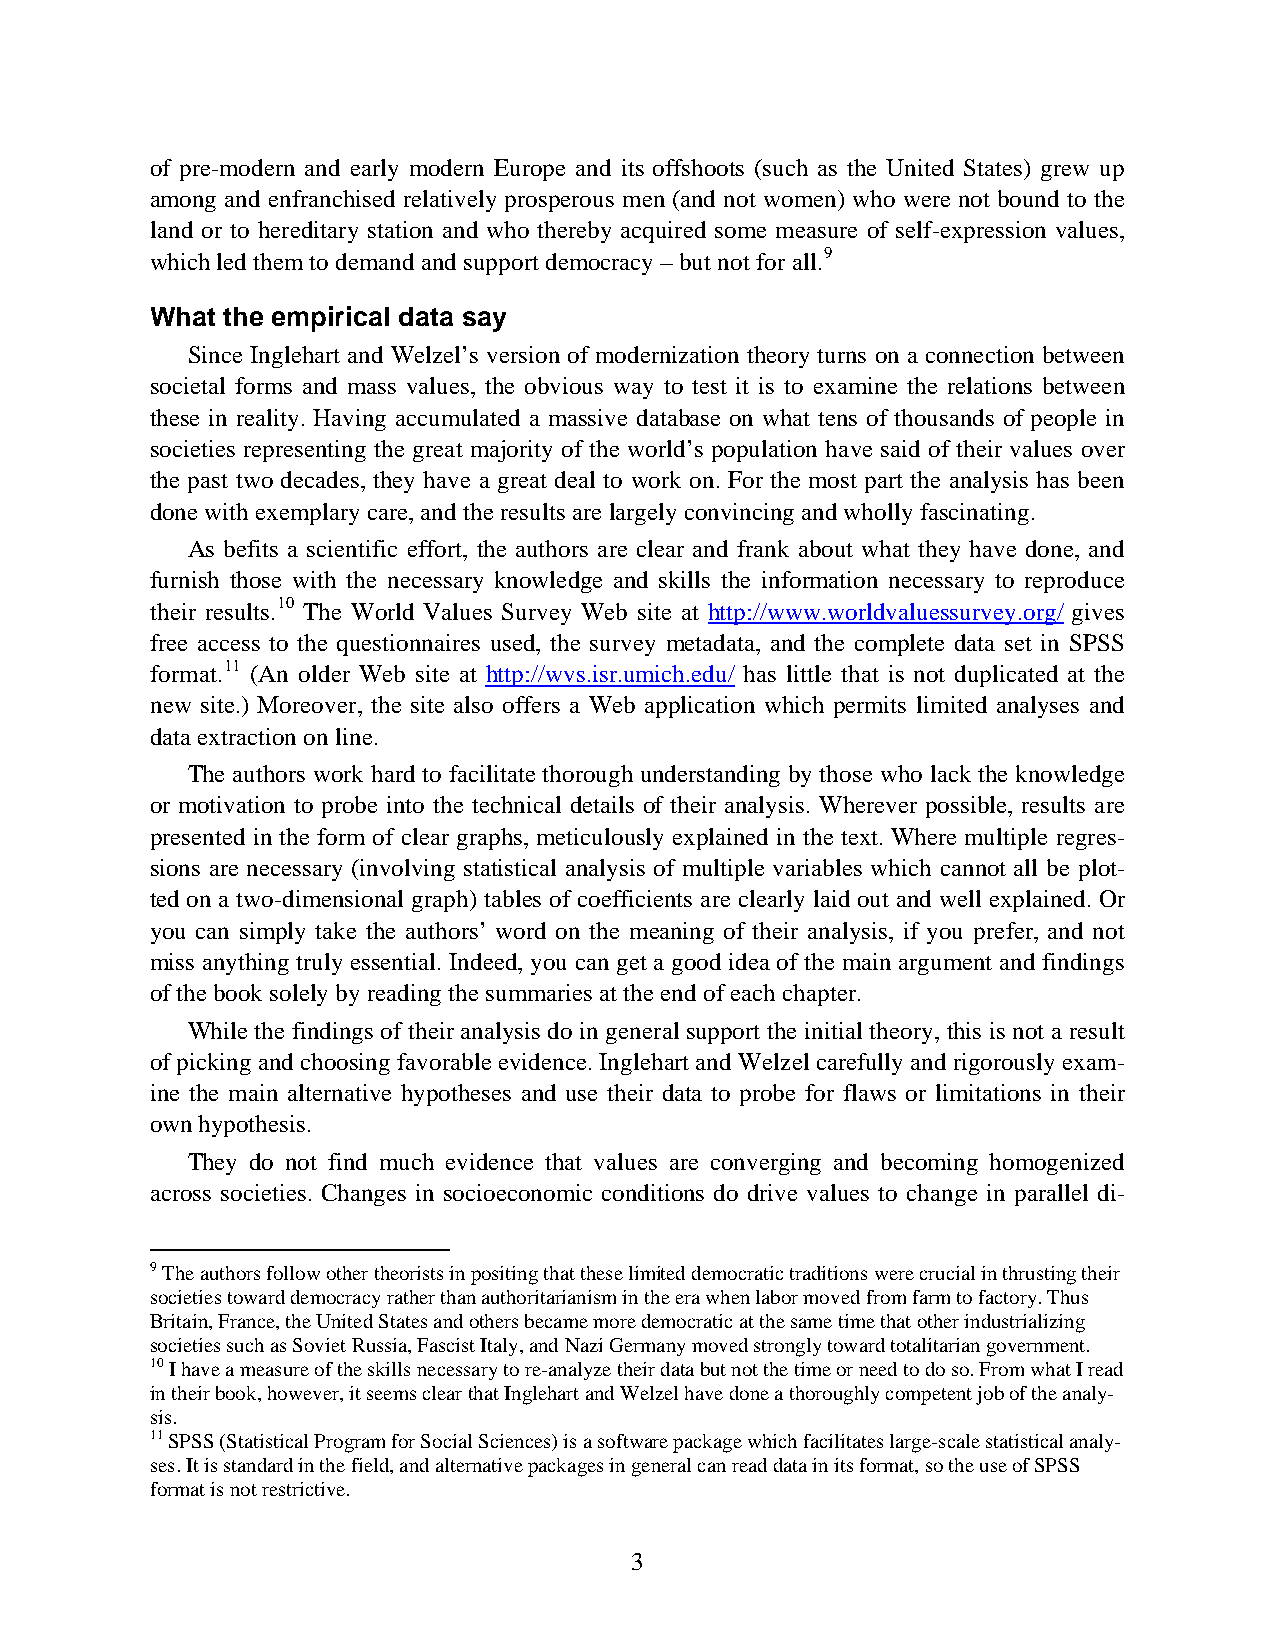
of pre-modern and early modern Europe and its offshoots (such as the United States) grew up
 among and enfranchised relatively prosperous men (and not women) who were not bound to the
 land or to hereditary station and who thereby acquired some measure of self-expression values,
 which led them to demand and support democracy – but not for all.9
 What the empirical data say
 Since Inglehart and Welzel’s version of modernization theory turns on a connection between
 societal forms and mass values, the obvious way to test it is to examine the relations between
 these in reality. Having accumulated a massive database on what tens of thousands of people in
 societies representing the great majority of the world’s population have said of their values over
 the past two decades, they have a great deal to work on. For the most part the analysis has been
 done with exemplary care, and the results are largely convincing and wholly fascinating.
 As befits a scientific effort, the authors are clear and frank about what they have done, and
 furnish those with the necessary knowledge and skills the information necessary to reproduce
 their results.10 The World Values Survey Web site at http://www.worldvaluessurvey.org/ gives
 free access to the questionnaires used, the survey metadata, and the complete data set in SPSS
 format.11 (An older Web site at http://wvs.isr.umich.edu/ has little that is not duplicated at the
 new site.) Moreover, the site also offers a Web application which permits limited analyses and
 data extraction on line.
 The authors work hard to facilitate thorough understanding by those who lack the knowledge
 or motivation to probe into the technical details of their analysis. Wherever possible, results are
 presented in the form of clear graphs, meticulously explained in the text. Where multiple regres-
 sions are necessary (involving statistical analysis of multiple variables which cannot all be plot-
 ted on a two-dimensional graph) tables of coefficients are clearly laid out and well explained. Or
 you can simply take the authors’ word on the meaning of their analysis, if you prefer, and not
 miss anything truly essential. Indeed, you can get a good idea of the main argument and findings
 of the book solely by reading the summaries at the end of each chapter.
 While the findings of their analysis do in general support the initial theory, this is not a result
 of picking and choosing favorable evidence. Inglehart and Welzel carefully and rigorously exam-
 ine the main alternative hypotheses and use their data to probe for flaws or limitations in their
 own hypothesis.
 They do not find much evidence that values are converging and becoming homogenized
 across societies. Changes in socioeconomic conditions do drive values to change in parallel di-
 9 The authors follow other theorists in positing that these limited democratic traditions were crucial in thrusting their
 societies toward democracy rather than authoritarianism in the era when labor moved from farm to factory. Thus
 Britain, France, the United States and others became more democratic at the same time that other industrializing
 societies such as Soviet Russia, Fascist Italy, and Nazi Germany moved strongly toward totalitarian government.
 10 I have a measure of the skills necessary to re-analyze their data but not the time or need to do so. From what I read
 in their book, however, it seems clear that Inglehart and Welzel have done a thoroughly competent job of the analy-
 sis.
 11 SPSS (Statistical Program for Social Sciences) is a software package which facilitates large-scale statistical analy-
 ses. It is standard in the field, and alternative packages in general can read data in its format, so the use of SPSS
 format is not restrictive.
 3